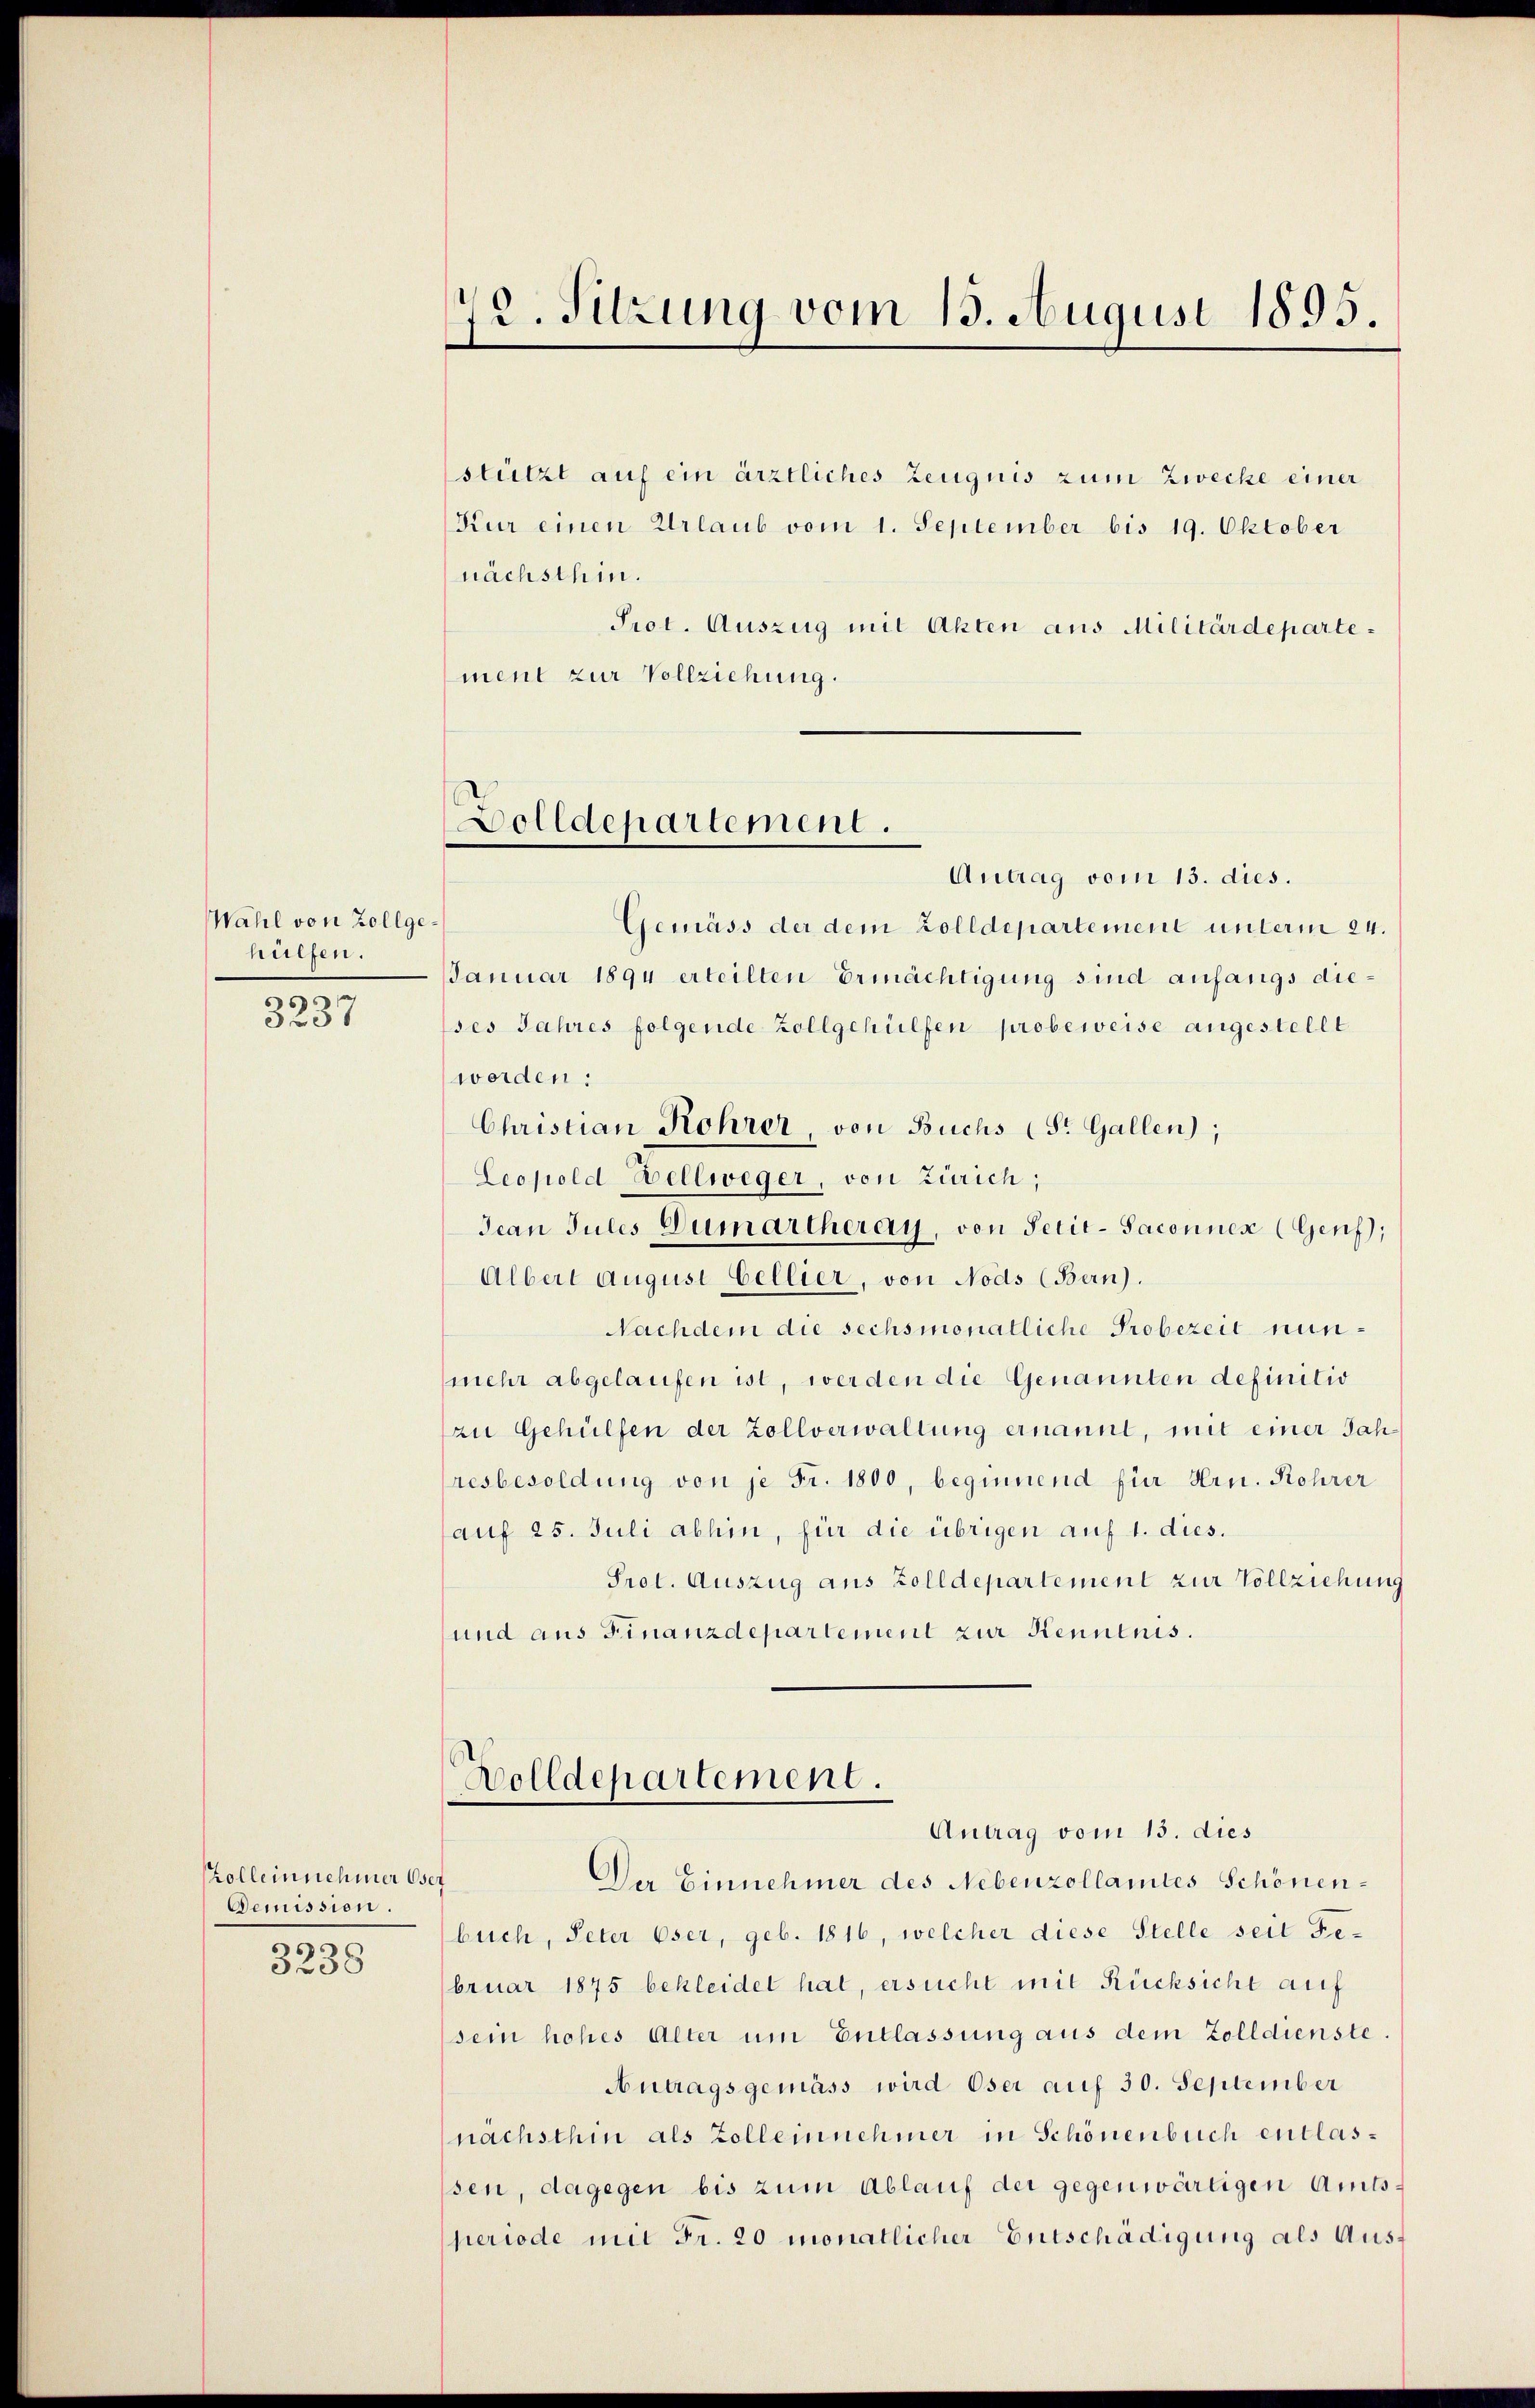
Wahl von Zollgehülfen.

19
01

Zolleinnehmer Oser
Demission.
39

3238

2. Sitzung vom 13. August 1895.

stützt auf ein ärztliches Zeugnis zum Zwecke einer
Kur einen Urlaub vom 1. September bis 19. Oktober
nächsthin.
Prot. Auszug mit Akten aus Militärdepartement zur Vollziehung.

Dolldepartement.

Antrag vom 13. dies.
Gemäss der dem Zolldepartement unterm 24.
Januar 1894 erteilten Ermächtigung sind anfangs die¬
Ises Jahres folgende Zollgehülfen probeweise angestellt
worden:
Christian Rohrer von Buchs (St. Gallen);
Leopold Bellweger, von Zürich;
Jean Julis Dumarcheray, von Petit-Saconnen (Genf),
Albert August Cellier, von Nods (Bern).
Nachdem die sechsmonatliche Probezeit nunmehr abgelaufen ist, werden die Genannten definitio
zu Gehülfen der Zollverwaltung ernannt, mit einer Jahresbesoldung von je Fr. 1800, beginnend für Hrn. Rohrer
auf 25. Juli abhin, für die übrigen auf 1. dies.
Prot. Auszug aus Zolldepartement zur Vollziehung
und aus Finanzdepartement zur Kenntnis.

Bolldepartement.
Antrag vom 13. dies

Der Einnehmer des Nebenzollamtes Schönenbuch, Peter Oser, geb. 1816, welcher diese Stelle seit Februar 1875 bekleidet hat, ersucht mit Rücksicht auf
sein hohes Alter um Entlassung aus dem Zolldienste
Antragsgemäss wird Oser auf 30. September
nächsthin als Zolleinnehmer in Schönenbuch entlasssen, dagegen bis zum Ablauf der gegenwärtigen Amtsperiode mit Fr. 20 monatlicher Entschädigung als Aus